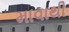
માવાથી